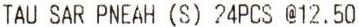
TAU SAR PNEAH (S) 24PCS @12.50